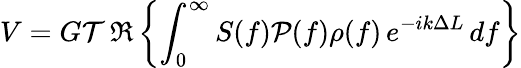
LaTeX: V=G\mathcal{T}\thinspace\Re\left\{ \int_{0}^{\infty}S(f)\mathcal{P}(f)\rho(f)\thinspace e^{-ik\Delta L}\thinspace df\right\}